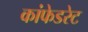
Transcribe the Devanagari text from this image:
कांफेडरेट